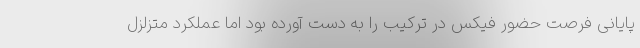
پایانی فرصت حضور فیکس در ترکیب را به دست آورده بود اما عملکرد متزلزل